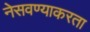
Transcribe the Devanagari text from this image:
नेसवण्याकरता